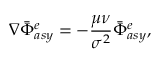
\nabla \bar { \Phi } _ { a s y } ^ { e } = - \frac { \mu \nu } { \sigma ^ { 2 } } \bar { \Phi } _ { a s y } ^ { e } ,